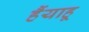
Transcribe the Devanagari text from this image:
हैंयाहू